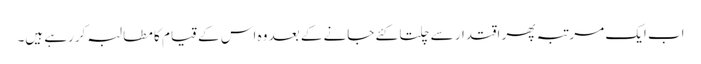
اب ایک مرتبہ پھر اقتدار سے چلتا کئے جانے کے بعد وہ اس کے قیام کا مطالبہ کررہے ہیں۔